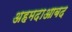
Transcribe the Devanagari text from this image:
अहमदाआबद